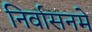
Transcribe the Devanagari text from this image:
निर्वासनमे